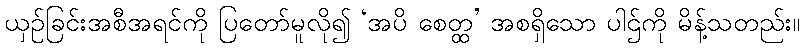
ယှဉ်ခြင်းအစီအရင်ကို ပြတော်မူလို၍ ‘အပိ စေတ္ထ’ အစရှိသော ပါဌ်ကို မိန့်သတည်း။